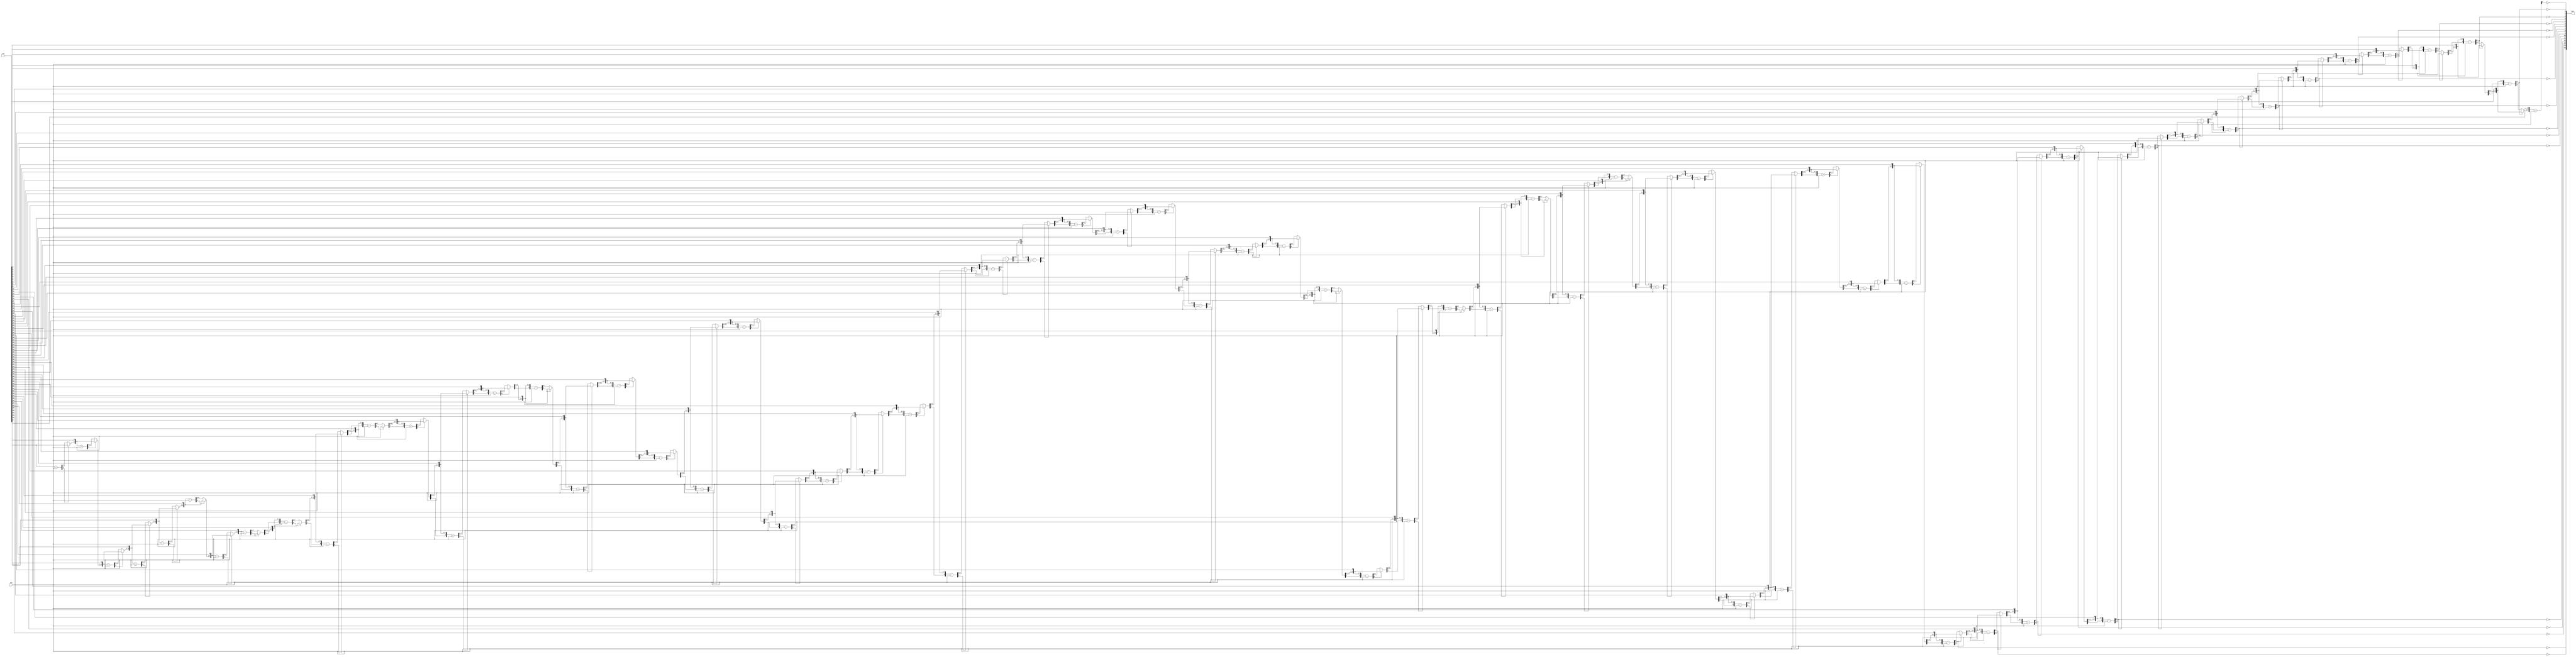
`timescale 1ps / 1ps
/*****************************************************************************
    Verilog RTL Description
    
    
    Created by: Stratus DpOpt 2019.1.01 
*******************************************************************************/

module st_weight_addr_gen_Div_64Ux8U_16U_4_7 (
	in2,
	in1,
	out1
	); /* architecture "behavioural" */ 
input [63:0] in2;
input [7:0] in1;
output [15:0] out1;
wire [15:0] asc001_0;
wire [8:0] in2_1;
wire [0:0] in2_2;
wire [8:0] in2_4;
wire [1:0] in2_5;
wire [8:0] in2_7;
wire [2:0] in2_8;
wire [8:0] in2_10;
wire [3:0] in2_11;
wire [8:0] in2_13;
wire [4:0] in2_14;
wire [8:0] in2_16;
wire [5:0] in2_17;
wire [8:0] in2_19;
wire [6:0] in2_20;
wire [8:0] in2_22;
wire [7:0] in2_23;
wire [8:0] in2_25,
	in2_26,
	in2_28;
wire [9:0] in2_29;
wire [8:0] in2_31;
wire [10:0] in2_32;
wire [8:0] in2_34;
wire [11:0] in2_35;
wire [8:0] in2_37;
wire [12:0] in2_38;
wire [8:0] in2_40;
wire [13:0] in2_41;
wire [8:0] in2_43;
wire [14:0] in2_44;
wire [8:0] in2_46;
wire [15:0] in2_47;
wire [8:0] in2_49;
wire [16:0] in2_50;
wire [8:0] in2_52;
wire [17:0] in2_53;
wire [8:0] in2_55;
wire [18:0] in2_56;
wire [8:0] in2_58;
wire [19:0] in2_59;
wire [8:0] in2_61;
wire [20:0] in2_62;
wire [8:0] in2_64;
wire [21:0] in2_65;
wire [8:0] in2_67;
wire [22:0] in2_68;
wire [8:0] in2_70;
wire [23:0] in2_71;
wire [8:0] in2_73;
wire [24:0] in2_74;
wire [8:0] in2_76;
wire [25:0] in2_77;
wire [8:0] in2_79;
wire [26:0] in2_80;
wire [8:0] in2_82;
wire [27:0] in2_83;
wire [8:0] in2_85;
wire [28:0] in2_86;
wire [8:0] in2_88;
wire [29:0] in2_89;
wire [8:0] in2_91;
wire [30:0] in2_92;
wire [8:0] in2_94;
wire [31:0] in2_95;
wire [8:0] in2_97;
wire [32:0] in2_98;
wire [8:0] in2_100;
wire [33:0] in2_101;
wire [8:0] in2_103;
wire [34:0] in2_104;
wire [8:0] in2_106;
wire [35:0] in2_107;
wire [8:0] in2_109;
wire [36:0] in2_110;
wire [8:0] in2_112;
wire [37:0] in2_113;
wire [8:0] in2_115;
wire [38:0] in2_116;
wire [8:0] in2_118;
wire [39:0] in2_119;
wire [8:0] in2_121;
wire [40:0] in2_122;
wire [8:0] in2_124;
wire [41:0] in2_125;
wire [8:0] in2_127;
wire [42:0] in2_128;
wire [8:0] in2_130;
wire [43:0] in2_131;
wire [8:0] in2_133;
wire [44:0] in2_134;
wire [8:0] in2_136;
wire [45:0] in2_137;
wire [8:0] in2_139;
wire [46:0] in2_140;
wire [8:0] in2_142;
wire [47:0] in2_143;
wire [8:0] in2_145;
wire [48:0] in2_146;
wire [8:0] in2_148;
wire [49:0] in2_149;
wire [8:0] in2_151;
wire [50:0] in2_152;
wire [8:0] in2_154;
wire [51:0] in2_155;
wire [8:0] in2_157;
wire [52:0] in2_158;
wire [8:0] in2_160;
wire [53:0] in2_161;
wire [8:0] in2_163;
wire [54:0] in2_164;
wire [8:0] in2_166;
wire [55:0] in2_167;
wire [8:0] in2_169;
wire [56:0] in2_170;
wire [8:0] in2_172;
wire [57:0] in2_173;
wire [8:0] in2_175;
wire [58:0] in2_176;
wire [8:0] in2_178;
wire [59:0] in2_179;
wire [8:0] in2_181;
wire [60:0] in2_182;
wire [8:0] in2_184;
wire [61:0] in2_185;
wire [8:0] in2_187;
wire [62:0] in2_188;
wire [63:0] in2_189;
wire [8:0] in2_190;
wire [1:0] in2_3_0,
	in2_3_1;
wire [2:0] in2_6_0,
	in2_6_1;
wire [3:0] in2_9_0,
	in2_9_1;
wire [4:0] in2_12_0,
	in2_12_1;
wire [5:0] in2_15_0,
	in2_15_1;
wire [6:0] in2_18_0,
	in2_18_1;
wire [7:0] in2_21_0,
	in2_21_1;
wire [8:0] in2_24_0,
	in2_24_1;
wire [9:0] in2_27_0,
	in2_27_1;
wire [10:0] in2_30_0,
	in2_30_1;
wire [11:0] in2_33_0,
	in2_33_1;
wire [12:0] in2_36_0,
	in2_36_1;
wire [13:0] in2_39_0,
	in2_39_1;
wire [14:0] in2_42_0,
	in2_42_1;
wire [15:0] in2_45_0,
	in2_45_1;
wire [16:0] in2_48_0,
	in2_48_1;
wire [17:0] in2_51_0,
	in2_51_1;
wire [18:0] in2_54_0,
	in2_54_1;
wire [19:0] in2_57_0,
	in2_57_1;
wire [20:0] in2_60_0,
	in2_60_1;
wire [21:0] in2_63_0,
	in2_63_1;
wire [22:0] in2_66_0,
	in2_66_1;
wire [23:0] in2_69_0,
	in2_69_1;
wire [24:0] in2_72_0,
	in2_72_1;
wire [25:0] in2_75_0,
	in2_75_1;
wire [26:0] in2_78_0,
	in2_78_1;
wire [27:0] in2_81_0,
	in2_81_1;
wire [28:0] in2_84_0,
	in2_84_1;
wire [29:0] in2_87_0,
	in2_87_1;
wire [30:0] in2_90_0,
	in2_90_1;
wire [31:0] in2_93_0,
	in2_93_1;
wire [32:0] in2_96_0,
	in2_96_1;
wire [33:0] in2_99_0,
	in2_99_1;
wire [34:0] in2_102_0,
	in2_102_1;
wire [35:0] in2_105_0,
	in2_105_1;
wire [36:0] in2_108_0,
	in2_108_1;
wire [37:0] in2_111_0,
	in2_111_1;
wire [38:0] in2_114_0,
	in2_114_1;
wire [39:0] in2_117_0,
	in2_117_1;
wire [40:0] in2_120_0,
	in2_120_1;
wire [41:0] in2_123_0,
	in2_123_1;
wire [42:0] in2_126_0,
	in2_126_1;
wire [43:0] in2_129_0,
	in2_129_1;
wire [44:0] in2_132_0,
	in2_132_1;
wire [45:0] in2_135_0,
	in2_135_1;
wire [46:0] in2_138_0,
	in2_138_1;
wire [47:0] in2_141_0,
	in2_141_1;
wire [48:0] in2_144_0,
	in2_144_1;
wire [49:0] in2_147_0,
	in2_147_1;
wire [50:0] in2_150_0,
	in2_150_1;
wire [51:0] in2_153_0,
	in2_153_1;
wire [52:0] in2_156_0,
	in2_156_1;
wire [53:0] in2_159_0,
	in2_159_1;
wire [54:0] in2_162_0,
	in2_162_1;
wire [55:0] in2_165_0,
	in2_165_1;
wire [56:0] in2_168_0,
	in2_168_1;
wire [57:0] in2_171_0,
	in2_171_1;
wire [58:0] in2_174_0,
	in2_174_1;
wire [59:0] in2_177_0,
	in2_177_1;
wire [60:0] in2_180_0,
	in2_180_1;
wire [61:0] in2_183_0,
	in2_183_1;
wire [62:0] in2_186_0,
	in2_186_1;

wire [8:0] in2_1_tmp_0;
assign in2_1_tmp_0 = 
	+(in2[63]);
assign in2_1 = in2_1_tmp_0
	-(in1);

reg [0:0] in2_2_tmp_1;
assign in2_2 = in2_2_tmp_1;
always @ (in2_1[8] or in2_1[0] or in2[63]) begin
	case (in2_1[8])
		1'B0 : in2_2_tmp_1 = in2_1[0] ;
		default : in2_2_tmp_1 = in2[63] ;
	endcase
end

assign in2_3_0 = {in2_2,in2[62]};

assign in2_3_1 = {in2_2,in2[62]};

wire [8:0] in2_4_tmp_2;
assign in2_4_tmp_2 = 
	+(in2_3_1);
assign in2_4 = in2_4_tmp_2
	-(in1);

reg [1:0] in2_5_tmp_3;
assign in2_5 = in2_5_tmp_3;
always @ (in2_4[8] or in2_4[1:0] or in2_3_0) begin
	case (in2_4[8])
		1'B0 : in2_5_tmp_3 = in2_4[1:0] ;
		default : in2_5_tmp_3 = in2_3_0 ;
	endcase
end

assign in2_6_0 = {in2_5,in2[61]};

assign in2_6_1 = {in2_5,in2[61]};

wire [8:0] in2_7_tmp_4;
assign in2_7_tmp_4 = 
	+(in2_6_1);
assign in2_7 = in2_7_tmp_4
	-(in1);

reg [2:0] in2_8_tmp_5;
assign in2_8 = in2_8_tmp_5;
always @ (in2_7[8] or in2_7[2:0] or in2_6_0) begin
	case (in2_7[8])
		1'B0 : in2_8_tmp_5 = in2_7[2:0] ;
		default : in2_8_tmp_5 = in2_6_0 ;
	endcase
end

assign in2_9_0 = {in2_8,in2[60]};

assign in2_9_1 = {in2_8,in2[60]};

wire [8:0] in2_10_tmp_6;
assign in2_10_tmp_6 = 
	+(in2_9_1);
assign in2_10 = in2_10_tmp_6
	-(in1);

reg [3:0] in2_11_tmp_7;
assign in2_11 = in2_11_tmp_7;
always @ (in2_10[8] or in2_10[3:0] or in2_9_0) begin
	case (in2_10[8])
		1'B0 : in2_11_tmp_7 = in2_10[3:0] ;
		default : in2_11_tmp_7 = in2_9_0 ;
	endcase
end

assign in2_12_0 = {in2_11,in2[59]};

assign in2_12_1 = {in2_11,in2[59]};

wire [8:0] in2_13_tmp_8;
assign in2_13_tmp_8 = 
	+(in2_12_1);
assign in2_13 = in2_13_tmp_8
	-(in1);

reg [4:0] in2_14_tmp_9;
assign in2_14 = in2_14_tmp_9;
always @ (in2_13[8] or in2_13[4:0] or in2_12_0) begin
	case (in2_13[8])
		1'B0 : in2_14_tmp_9 = in2_13[4:0] ;
		default : in2_14_tmp_9 = in2_12_0 ;
	endcase
end

assign in2_15_0 = {in2_14,in2[58]};

assign in2_15_1 = {in2_14,in2[58]};

wire [8:0] in2_16_tmp_10;
assign in2_16_tmp_10 = 
	+(in2_15_1);
assign in2_16 = in2_16_tmp_10
	-(in1);

reg [5:0] in2_17_tmp_11;
assign in2_17 = in2_17_tmp_11;
always @ (in2_16[8] or in2_16[5:0] or in2_15_0) begin
	case (in2_16[8])
		1'B0 : in2_17_tmp_11 = in2_16[5:0] ;
		default : in2_17_tmp_11 = in2_15_0 ;
	endcase
end

assign in2_18_0 = {in2_17,in2[57]};

assign in2_18_1 = {in2_17,in2[57]};

wire [8:0] in2_19_tmp_12;
assign in2_19_tmp_12 = 
	+(in2_18_1);
assign in2_19 = in2_19_tmp_12
	-(in1);

reg [6:0] in2_20_tmp_13;
assign in2_20 = in2_20_tmp_13;
always @ (in2_19[8] or in2_19[6:0] or in2_18_0) begin
	case (in2_19[8])
		1'B0 : in2_20_tmp_13 = in2_19[6:0] ;
		default : in2_20_tmp_13 = in2_18_0 ;
	endcase
end

assign in2_21_0 = {in2_20,in2[56]};

assign in2_21_1 = {in2_20,in2[56]};

wire [8:0] in2_22_tmp_14;
assign in2_22_tmp_14 = 
	+(in2_21_1);
assign in2_22 = in2_22_tmp_14
	-(in1);

reg [7:0] in2_23_tmp_15;
assign in2_23 = in2_23_tmp_15;
always @ (in2_22[8] or in2_22[7:0] or in2_21_0) begin
	case (in2_22[8])
		1'B0 : in2_23_tmp_15 = in2_22[7:0] ;
		default : in2_23_tmp_15 = in2_21_0 ;
	endcase
end

assign in2_24_0 = {in2_23,in2[55]};

assign in2_24_1 = {in2_23,in2[55]};

wire [8:0] in2_25_tmp_16;
assign in2_25_tmp_16 = 
	+(in2_24_1);
assign in2_25 = in2_25_tmp_16
	-(in1);

reg [8:0] in2_26_tmp_17;
assign in2_26 = in2_26_tmp_17;
always @ (in2_25[8] or in2_25 or in2_24_0) begin
	case (in2_25[8])
		1'B0 : in2_26_tmp_17 = in2_25 ;
		default : in2_26_tmp_17 = in2_24_0 ;
	endcase
end

assign in2_27_0 = {in2_26,in2[54]};

assign in2_27_1 = {in2_26,in2[54]};

wire [8:0] in2_28_tmp_18;
assign in2_28_tmp_18 = 
	+(in2_27_1[8:0]);
assign in2_28 = in2_28_tmp_18
	-(in1);

reg [9:0] in2_29_tmp_19;
assign in2_29 = in2_29_tmp_19;
always @ (in2_28[8] or in2_28 or in2_27_0) begin
	case (in2_28[8])
		1'B0 : in2_29_tmp_19 = in2_28 ;
		default : in2_29_tmp_19 = in2_27_0 ;
	endcase
end

assign in2_30_0 = {in2_29,in2[53]};

assign in2_30_1 = {in2_29,in2[53]};

wire [8:0] in2_31_tmp_20;
assign in2_31_tmp_20 = 
	+(in2_30_1[8:0]);
assign in2_31 = in2_31_tmp_20
	-(in1);

reg [10:0] in2_32_tmp_21;
assign in2_32 = in2_32_tmp_21;
always @ (in2_31[8] or in2_31 or in2_30_0) begin
	case (in2_31[8])
		1'B0 : in2_32_tmp_21 = in2_31 ;
		default : in2_32_tmp_21 = in2_30_0 ;
	endcase
end

assign in2_33_0 = {in2_32,in2[52]};

assign in2_33_1 = {in2_32,in2[52]};

wire [8:0] in2_34_tmp_22;
assign in2_34_tmp_22 = 
	+(in2_33_1[8:0]);
assign in2_34 = in2_34_tmp_22
	-(in1);

reg [11:0] in2_35_tmp_23;
assign in2_35 = in2_35_tmp_23;
always @ (in2_34[8] or in2_34 or in2_33_0) begin
	case (in2_34[8])
		1'B0 : in2_35_tmp_23 = in2_34 ;
		default : in2_35_tmp_23 = in2_33_0 ;
	endcase
end

assign in2_36_0 = {in2_35,in2[51]};

assign in2_36_1 = {in2_35,in2[51]};

wire [8:0] in2_37_tmp_24;
assign in2_37_tmp_24 = 
	+(in2_36_1[8:0]);
assign in2_37 = in2_37_tmp_24
	-(in1);

reg [12:0] in2_38_tmp_25;
assign in2_38 = in2_38_tmp_25;
always @ (in2_37[8] or in2_37 or in2_36_0) begin
	case (in2_37[8])
		1'B0 : in2_38_tmp_25 = in2_37 ;
		default : in2_38_tmp_25 = in2_36_0 ;
	endcase
end

assign in2_39_0 = {in2_38,in2[50]};

assign in2_39_1 = {in2_38,in2[50]};

wire [8:0] in2_40_tmp_26;
assign in2_40_tmp_26 = 
	+(in2_39_1[8:0]);
assign in2_40 = in2_40_tmp_26
	-(in1);

reg [13:0] in2_41_tmp_27;
assign in2_41 = in2_41_tmp_27;
always @ (in2_40[8] or in2_40 or in2_39_0) begin
	case (in2_40[8])
		1'B0 : in2_41_tmp_27 = in2_40 ;
		default : in2_41_tmp_27 = in2_39_0 ;
	endcase
end

assign in2_42_0 = {in2_41,in2[49]};

assign in2_42_1 = {in2_41,in2[49]};

wire [8:0] in2_43_tmp_28;
assign in2_43_tmp_28 = 
	+(in2_42_1[8:0]);
assign in2_43 = in2_43_tmp_28
	-(in1);

reg [14:0] in2_44_tmp_29;
assign in2_44 = in2_44_tmp_29;
always @ (in2_43[8] or in2_43 or in2_42_0) begin
	case (in2_43[8])
		1'B0 : in2_44_tmp_29 = in2_43 ;
		default : in2_44_tmp_29 = in2_42_0 ;
	endcase
end

assign in2_45_0 = {in2_44,in2[48]};

assign in2_45_1 = {in2_44,in2[48]};

wire [8:0] in2_46_tmp_30;
assign in2_46_tmp_30 = 
	+(in2_45_1[8:0]);
assign in2_46 = in2_46_tmp_30
	-(in1);

reg [15:0] in2_47_tmp_31;
assign in2_47 = in2_47_tmp_31;
always @ (in2_46[8] or in2_46 or in2_45_0) begin
	case (in2_46[8])
		1'B0 : in2_47_tmp_31 = in2_46 ;
		default : in2_47_tmp_31 = in2_45_0 ;
	endcase
end

assign in2_48_0 = {in2_47,in2[47]};

assign in2_48_1 = {in2_47,in2[47]};

wire [8:0] in2_49_tmp_32;
assign in2_49_tmp_32 = 
	+(in2_48_1[8:0]);
assign in2_49 = in2_49_tmp_32
	-(in1);

reg [16:0] in2_50_tmp_33;
assign in2_50 = in2_50_tmp_33;
always @ (in2_49[8] or in2_49 or in2_48_0) begin
	case (in2_49[8])
		1'B0 : in2_50_tmp_33 = in2_49 ;
		default : in2_50_tmp_33 = in2_48_0 ;
	endcase
end

assign in2_51_0 = {in2_50,in2[46]};

assign in2_51_1 = {in2_50,in2[46]};

wire [8:0] in2_52_tmp_34;
assign in2_52_tmp_34 = 
	+(in2_51_1[8:0]);
assign in2_52 = in2_52_tmp_34
	-(in1);

reg [17:0] in2_53_tmp_35;
assign in2_53 = in2_53_tmp_35;
always @ (in2_52[8] or in2_52 or in2_51_0) begin
	case (in2_52[8])
		1'B0 : in2_53_tmp_35 = in2_52 ;
		default : in2_53_tmp_35 = in2_51_0 ;
	endcase
end

assign in2_54_0 = {in2_53,in2[45]};

assign in2_54_1 = {in2_53,in2[45]};

wire [8:0] in2_55_tmp_36;
assign in2_55_tmp_36 = 
	+(in2_54_1[8:0]);
assign in2_55 = in2_55_tmp_36
	-(in1);

reg [18:0] in2_56_tmp_37;
assign in2_56 = in2_56_tmp_37;
always @ (in2_55[8] or in2_55 or in2_54_0) begin
	case (in2_55[8])
		1'B0 : in2_56_tmp_37 = in2_55 ;
		default : in2_56_tmp_37 = in2_54_0 ;
	endcase
end

assign in2_57_0 = {in2_56,in2[44]};

assign in2_57_1 = {in2_56,in2[44]};

wire [8:0] in2_58_tmp_38;
assign in2_58_tmp_38 = 
	+(in2_57_1[8:0]);
assign in2_58 = in2_58_tmp_38
	-(in1);

reg [19:0] in2_59_tmp_39;
assign in2_59 = in2_59_tmp_39;
always @ (in2_58[8] or in2_58 or in2_57_0) begin
	case (in2_58[8])
		1'B0 : in2_59_tmp_39 = in2_58 ;
		default : in2_59_tmp_39 = in2_57_0 ;
	endcase
end

assign in2_60_0 = {in2_59,in2[43]};

assign in2_60_1 = {in2_59,in2[43]};

wire [8:0] in2_61_tmp_40;
assign in2_61_tmp_40 = 
	+(in2_60_1[8:0]);
assign in2_61 = in2_61_tmp_40
	-(in1);

reg [20:0] in2_62_tmp_41;
assign in2_62 = in2_62_tmp_41;
always @ (in2_61[8] or in2_61 or in2_60_0) begin
	case (in2_61[8])
		1'B0 : in2_62_tmp_41 = in2_61 ;
		default : in2_62_tmp_41 = in2_60_0 ;
	endcase
end

assign in2_63_0 = {in2_62,in2[42]};

assign in2_63_1 = {in2_62,in2[42]};

wire [8:0] in2_64_tmp_42;
assign in2_64_tmp_42 = 
	+(in2_63_1[8:0]);
assign in2_64 = in2_64_tmp_42
	-(in1);

reg [21:0] in2_65_tmp_43;
assign in2_65 = in2_65_tmp_43;
always @ (in2_64[8] or in2_64 or in2_63_0) begin
	case (in2_64[8])
		1'B0 : in2_65_tmp_43 = in2_64 ;
		default : in2_65_tmp_43 = in2_63_0 ;
	endcase
end

assign in2_66_0 = {in2_65,in2[41]};

assign in2_66_1 = {in2_65,in2[41]};

wire [8:0] in2_67_tmp_44;
assign in2_67_tmp_44 = 
	+(in2_66_1[8:0]);
assign in2_67 = in2_67_tmp_44
	-(in1);

reg [22:0] in2_68_tmp_45;
assign in2_68 = in2_68_tmp_45;
always @ (in2_67[8] or in2_67 or in2_66_0) begin
	case (in2_67[8])
		1'B0 : in2_68_tmp_45 = in2_67 ;
		default : in2_68_tmp_45 = in2_66_0 ;
	endcase
end

assign in2_69_0 = {in2_68,in2[40]};

assign in2_69_1 = {in2_68,in2[40]};

wire [8:0] in2_70_tmp_46;
assign in2_70_tmp_46 = 
	+(in2_69_1[8:0]);
assign in2_70 = in2_70_tmp_46
	-(in1);

reg [23:0] in2_71_tmp_47;
assign in2_71 = in2_71_tmp_47;
always @ (in2_70[8] or in2_70 or in2_69_0) begin
	case (in2_70[8])
		1'B0 : in2_71_tmp_47 = in2_70 ;
		default : in2_71_tmp_47 = in2_69_0 ;
	endcase
end

assign in2_72_0 = {in2_71,in2[39]};

assign in2_72_1 = {in2_71,in2[39]};

wire [8:0] in2_73_tmp_48;
assign in2_73_tmp_48 = 
	+(in2_72_1[8:0]);
assign in2_73 = in2_73_tmp_48
	-(in1);

reg [24:0] in2_74_tmp_49;
assign in2_74 = in2_74_tmp_49;
always @ (in2_73[8] or in2_73 or in2_72_0) begin
	case (in2_73[8])
		1'B0 : in2_74_tmp_49 = in2_73 ;
		default : in2_74_tmp_49 = in2_72_0 ;
	endcase
end

assign in2_75_0 = {in2_74,in2[38]};

assign in2_75_1 = {in2_74,in2[38]};

wire [8:0] in2_76_tmp_50;
assign in2_76_tmp_50 = 
	+(in2_75_1[8:0]);
assign in2_76 = in2_76_tmp_50
	-(in1);

reg [25:0] in2_77_tmp_51;
assign in2_77 = in2_77_tmp_51;
always @ (in2_76[8] or in2_76 or in2_75_0) begin
	case (in2_76[8])
		1'B0 : in2_77_tmp_51 = in2_76 ;
		default : in2_77_tmp_51 = in2_75_0 ;
	endcase
end

assign in2_78_0 = {in2_77,in2[37]};

assign in2_78_1 = {in2_77,in2[37]};

wire [8:0] in2_79_tmp_52;
assign in2_79_tmp_52 = 
	+(in2_78_1[8:0]);
assign in2_79 = in2_79_tmp_52
	-(in1);

reg [26:0] in2_80_tmp_53;
assign in2_80 = in2_80_tmp_53;
always @ (in2_79[8] or in2_79 or in2_78_0) begin
	case (in2_79[8])
		1'B0 : in2_80_tmp_53 = in2_79 ;
		default : in2_80_tmp_53 = in2_78_0 ;
	endcase
end

assign in2_81_0 = {in2_80,in2[36]};

assign in2_81_1 = {in2_80,in2[36]};

wire [8:0] in2_82_tmp_54;
assign in2_82_tmp_54 = 
	+(in2_81_1[8:0]);
assign in2_82 = in2_82_tmp_54
	-(in1);

reg [27:0] in2_83_tmp_55;
assign in2_83 = in2_83_tmp_55;
always @ (in2_82[8] or in2_82 or in2_81_0) begin
	case (in2_82[8])
		1'B0 : in2_83_tmp_55 = in2_82 ;
		default : in2_83_tmp_55 = in2_81_0 ;
	endcase
end

assign in2_84_0 = {in2_83,in2[35]};

assign in2_84_1 = {in2_83,in2[35]};

wire [8:0] in2_85_tmp_56;
assign in2_85_tmp_56 = 
	+(in2_84_1[8:0]);
assign in2_85 = in2_85_tmp_56
	-(in1);

reg [28:0] in2_86_tmp_57;
assign in2_86 = in2_86_tmp_57;
always @ (in2_85[8] or in2_85 or in2_84_0) begin
	case (in2_85[8])
		1'B0 : in2_86_tmp_57 = in2_85 ;
		default : in2_86_tmp_57 = in2_84_0 ;
	endcase
end

assign in2_87_0 = {in2_86,in2[34]};

assign in2_87_1 = {in2_86,in2[34]};

wire [8:0] in2_88_tmp_58;
assign in2_88_tmp_58 = 
	+(in2_87_1[8:0]);
assign in2_88 = in2_88_tmp_58
	-(in1);

reg [29:0] in2_89_tmp_59;
assign in2_89 = in2_89_tmp_59;
always @ (in2_88[8] or in2_88 or in2_87_0) begin
	case (in2_88[8])
		1'B0 : in2_89_tmp_59 = in2_88 ;
		default : in2_89_tmp_59 = in2_87_0 ;
	endcase
end

assign in2_90_0 = {in2_89,in2[33]};

assign in2_90_1 = {in2_89,in2[33]};

wire [8:0] in2_91_tmp_60;
assign in2_91_tmp_60 = 
	+(in2_90_1[8:0]);
assign in2_91 = in2_91_tmp_60
	-(in1);

reg [30:0] in2_92_tmp_61;
assign in2_92 = in2_92_tmp_61;
always @ (in2_91[8] or in2_91 or in2_90_0) begin
	case (in2_91[8])
		1'B0 : in2_92_tmp_61 = in2_91 ;
		default : in2_92_tmp_61 = in2_90_0 ;
	endcase
end

assign in2_93_0 = {in2_92,in2[32]};

assign in2_93_1 = {in2_92,in2[32]};

wire [8:0] in2_94_tmp_62;
assign in2_94_tmp_62 = 
	+(in2_93_1[8:0]);
assign in2_94 = in2_94_tmp_62
	-(in1);

reg [31:0] in2_95_tmp_63;
assign in2_95 = in2_95_tmp_63;
always @ (in2_94[8] or in2_94 or in2_93_0) begin
	case (in2_94[8])
		1'B0 : in2_95_tmp_63 = in2_94 ;
		default : in2_95_tmp_63 = in2_93_0 ;
	endcase
end

assign in2_96_0 = {in2_95,in2[31]};

assign in2_96_1 = {in2_95,in2[31]};

wire [8:0] in2_97_tmp_64;
assign in2_97_tmp_64 = 
	+(in2_96_1[8:0]);
assign in2_97 = in2_97_tmp_64
	-(in1);

reg [32:0] in2_98_tmp_65;
assign in2_98 = in2_98_tmp_65;
always @ (in2_97[8] or in2_97 or in2_96_0) begin
	case (in2_97[8])
		1'B0 : in2_98_tmp_65 = in2_97 ;
		default : in2_98_tmp_65 = in2_96_0 ;
	endcase
end

assign in2_99_0 = {in2_98,in2[30]};

assign in2_99_1 = {in2_98,in2[30]};

wire [8:0] in2_100_tmp_66;
assign in2_100_tmp_66 = 
	+(in2_99_1[8:0]);
assign in2_100 = in2_100_tmp_66
	-(in1);

reg [33:0] in2_101_tmp_67;
assign in2_101 = in2_101_tmp_67;
always @ (in2_100[8] or in2_100 or in2_99_0) begin
	case (in2_100[8])
		1'B0 : in2_101_tmp_67 = in2_100 ;
		default : in2_101_tmp_67 = in2_99_0 ;
	endcase
end

assign in2_102_0 = {in2_101,in2[29]};

assign in2_102_1 = {in2_101,in2[29]};

wire [8:0] in2_103_tmp_68;
assign in2_103_tmp_68 = 
	+(in2_102_1[8:0]);
assign in2_103 = in2_103_tmp_68
	-(in1);

reg [34:0] in2_104_tmp_69;
assign in2_104 = in2_104_tmp_69;
always @ (in2_103[8] or in2_103 or in2_102_0) begin
	case (in2_103[8])
		1'B0 : in2_104_tmp_69 = in2_103 ;
		default : in2_104_tmp_69 = in2_102_0 ;
	endcase
end

assign in2_105_0 = {in2_104,in2[28]};

assign in2_105_1 = {in2_104,in2[28]};

wire [8:0] in2_106_tmp_70;
assign in2_106_tmp_70 = 
	+(in2_105_1[8:0]);
assign in2_106 = in2_106_tmp_70
	-(in1);

reg [35:0] in2_107_tmp_71;
assign in2_107 = in2_107_tmp_71;
always @ (in2_106[8] or in2_106 or in2_105_0) begin
	case (in2_106[8])
		1'B0 : in2_107_tmp_71 = in2_106 ;
		default : in2_107_tmp_71 = in2_105_0 ;
	endcase
end

assign in2_108_0 = {in2_107,in2[27]};

assign in2_108_1 = {in2_107,in2[27]};

wire [8:0] in2_109_tmp_72;
assign in2_109_tmp_72 = 
	+(in2_108_1[8:0]);
assign in2_109 = in2_109_tmp_72
	-(in1);

reg [36:0] in2_110_tmp_73;
assign in2_110 = in2_110_tmp_73;
always @ (in2_109[8] or in2_109 or in2_108_0) begin
	case (in2_109[8])
		1'B0 : in2_110_tmp_73 = in2_109 ;
		default : in2_110_tmp_73 = in2_108_0 ;
	endcase
end

assign in2_111_0 = {in2_110,in2[26]};

assign in2_111_1 = {in2_110,in2[26]};

wire [8:0] in2_112_tmp_74;
assign in2_112_tmp_74 = 
	+(in2_111_1[8:0]);
assign in2_112 = in2_112_tmp_74
	-(in1);

reg [37:0] in2_113_tmp_75;
assign in2_113 = in2_113_tmp_75;
always @ (in2_112[8] or in2_112 or in2_111_0) begin
	case (in2_112[8])
		1'B0 : in2_113_tmp_75 = in2_112 ;
		default : in2_113_tmp_75 = in2_111_0 ;
	endcase
end

assign in2_114_0 = {in2_113,in2[25]};

assign in2_114_1 = {in2_113,in2[25]};

wire [8:0] in2_115_tmp_76;
assign in2_115_tmp_76 = 
	+(in2_114_1[8:0]);
assign in2_115 = in2_115_tmp_76
	-(in1);

reg [38:0] in2_116_tmp_77;
assign in2_116 = in2_116_tmp_77;
always @ (in2_115[8] or in2_115 or in2_114_0) begin
	case (in2_115[8])
		1'B0 : in2_116_tmp_77 = in2_115 ;
		default : in2_116_tmp_77 = in2_114_0 ;
	endcase
end

assign in2_117_0 = {in2_116,in2[24]};

assign in2_117_1 = {in2_116,in2[24]};

wire [8:0] in2_118_tmp_78;
assign in2_118_tmp_78 = 
	+(in2_117_1[8:0]);
assign in2_118 = in2_118_tmp_78
	-(in1);

reg [39:0] in2_119_tmp_79;
assign in2_119 = in2_119_tmp_79;
always @ (in2_118[8] or in2_118 or in2_117_0) begin
	case (in2_118[8])
		1'B0 : in2_119_tmp_79 = in2_118 ;
		default : in2_119_tmp_79 = in2_117_0 ;
	endcase
end

assign in2_120_0 = {in2_119,in2[23]};

assign in2_120_1 = {in2_119,in2[23]};

wire [8:0] in2_121_tmp_80;
assign in2_121_tmp_80 = 
	+(in2_120_1[8:0]);
assign in2_121 = in2_121_tmp_80
	-(in1);

reg [40:0] in2_122_tmp_81;
assign in2_122 = in2_122_tmp_81;
always @ (in2_121[8] or in2_121 or in2_120_0) begin
	case (in2_121[8])
		1'B0 : in2_122_tmp_81 = in2_121 ;
		default : in2_122_tmp_81 = in2_120_0 ;
	endcase
end

assign in2_123_0 = {in2_122,in2[22]};

assign in2_123_1 = {in2_122,in2[22]};

wire [8:0] in2_124_tmp_82;
assign in2_124_tmp_82 = 
	+(in2_123_1[8:0]);
assign in2_124 = in2_124_tmp_82
	-(in1);

reg [41:0] in2_125_tmp_83;
assign in2_125 = in2_125_tmp_83;
always @ (in2_124[8] or in2_124 or in2_123_0) begin
	case (in2_124[8])
		1'B0 : in2_125_tmp_83 = in2_124 ;
		default : in2_125_tmp_83 = in2_123_0 ;
	endcase
end

assign in2_126_0 = {in2_125,in2[21]};

assign in2_126_1 = {in2_125,in2[21]};

wire [8:0] in2_127_tmp_84;
assign in2_127_tmp_84 = 
	+(in2_126_1[8:0]);
assign in2_127 = in2_127_tmp_84
	-(in1);

reg [42:0] in2_128_tmp_85;
assign in2_128 = in2_128_tmp_85;
always @ (in2_127[8] or in2_127 or in2_126_0) begin
	case (in2_127[8])
		1'B0 : in2_128_tmp_85 = in2_127 ;
		default : in2_128_tmp_85 = in2_126_0 ;
	endcase
end

assign in2_129_0 = {in2_128,in2[20]};

assign in2_129_1 = {in2_128,in2[20]};

wire [8:0] in2_130_tmp_86;
assign in2_130_tmp_86 = 
	+(in2_129_1[8:0]);
assign in2_130 = in2_130_tmp_86
	-(in1);

reg [43:0] in2_131_tmp_87;
assign in2_131 = in2_131_tmp_87;
always @ (in2_130[8] or in2_130 or in2_129_0) begin
	case (in2_130[8])
		1'B0 : in2_131_tmp_87 = in2_130 ;
		default : in2_131_tmp_87 = in2_129_0 ;
	endcase
end

assign in2_132_0 = {in2_131,in2[19]};

assign in2_132_1 = {in2_131,in2[19]};

wire [8:0] in2_133_tmp_88;
assign in2_133_tmp_88 = 
	+(in2_132_1[8:0]);
assign in2_133 = in2_133_tmp_88
	-(in1);

reg [44:0] in2_134_tmp_89;
assign in2_134 = in2_134_tmp_89;
always @ (in2_133[8] or in2_133 or in2_132_0) begin
	case (in2_133[8])
		1'B0 : in2_134_tmp_89 = in2_133 ;
		default : in2_134_tmp_89 = in2_132_0 ;
	endcase
end

assign in2_135_0 = {in2_134,in2[18]};

assign in2_135_1 = {in2_134,in2[18]};

wire [8:0] in2_136_tmp_90;
assign in2_136_tmp_90 = 
	+(in2_135_1[8:0]);
assign in2_136 = in2_136_tmp_90
	-(in1);

reg [45:0] in2_137_tmp_91;
assign in2_137 = in2_137_tmp_91;
always @ (in2_136[8] or in2_136 or in2_135_0) begin
	case (in2_136[8])
		1'B0 : in2_137_tmp_91 = in2_136 ;
		default : in2_137_tmp_91 = in2_135_0 ;
	endcase
end

assign in2_138_0 = {in2_137,in2[17]};

assign in2_138_1 = {in2_137,in2[17]};

wire [8:0] in2_139_tmp_92;
assign in2_139_tmp_92 = 
	+(in2_138_1[8:0]);
assign in2_139 = in2_139_tmp_92
	-(in1);

reg [46:0] in2_140_tmp_93;
assign in2_140 = in2_140_tmp_93;
always @ (in2_139[8] or in2_139 or in2_138_0) begin
	case (in2_139[8])
		1'B0 : in2_140_tmp_93 = in2_139 ;
		default : in2_140_tmp_93 = in2_138_0 ;
	endcase
end

assign in2_141_0 = {in2_140,in2[16]};

assign in2_141_1 = {in2_140,in2[16]};

wire [8:0] in2_142_tmp_94;
assign in2_142_tmp_94 = 
	+(in2_141_1[8:0]);
assign in2_142 = in2_142_tmp_94
	-(in1);

reg [47:0] in2_143_tmp_95;
assign in2_143 = in2_143_tmp_95;
always @ (in2_142[8] or in2_142 or in2_141_0) begin
	case (in2_142[8])
		1'B0 : in2_143_tmp_95 = in2_142 ;
		default : in2_143_tmp_95 = in2_141_0 ;
	endcase
end

assign in2_144_0 = {in2_143,in2[15]};

assign in2_144_1 = {in2_143,in2[15]};

wire [8:0] in2_145_tmp_96;
assign in2_145_tmp_96 = 
	+(in2_144_1[8:0]);
assign in2_145 = in2_145_tmp_96
	-(in1);

assign asc001_0[15] = ~in2_145[8];

reg [48:0] in2_146_tmp_97;
assign in2_146 = in2_146_tmp_97;
always @ (in2_145[8] or in2_145 or in2_144_0) begin
	case (in2_145[8])
		1'B0 : in2_146_tmp_97 = in2_145 ;
		default : in2_146_tmp_97 = in2_144_0 ;
	endcase
end

assign in2_147_0 = {in2_146,in2[14]};

assign in2_147_1 = {in2_146,in2[14]};

wire [8:0] in2_148_tmp_98;
assign in2_148_tmp_98 = 
	+(in2_147_1[8:0]);
assign in2_148 = in2_148_tmp_98
	-(in1);

assign asc001_0[14] = ~in2_148[8];

reg [49:0] in2_149_tmp_99;
assign in2_149 = in2_149_tmp_99;
always @ (in2_148[8] or in2_148 or in2_147_0) begin
	case (in2_148[8])
		1'B0 : in2_149_tmp_99 = in2_148 ;
		default : in2_149_tmp_99 = in2_147_0 ;
	endcase
end

assign in2_150_0 = {in2_149,in2[13]};

assign in2_150_1 = {in2_149,in2[13]};

wire [8:0] in2_151_tmp_100;
assign in2_151_tmp_100 = 
	+(in2_150_1[8:0]);
assign in2_151 = in2_151_tmp_100
	-(in1);

assign asc001_0[13] = ~in2_151[8];

reg [50:0] in2_152_tmp_101;
assign in2_152 = in2_152_tmp_101;
always @ (in2_151[8] or in2_151 or in2_150_0) begin
	case (in2_151[8])
		1'B0 : in2_152_tmp_101 = in2_151 ;
		default : in2_152_tmp_101 = in2_150_0 ;
	endcase
end

assign in2_153_0 = {in2_152,in2[12]};

assign in2_153_1 = {in2_152,in2[12]};

wire [8:0] in2_154_tmp_102;
assign in2_154_tmp_102 = 
	+(in2_153_1[8:0]);
assign in2_154 = in2_154_tmp_102
	-(in1);

assign asc001_0[12] = ~in2_154[8];

reg [51:0] in2_155_tmp_103;
assign in2_155 = in2_155_tmp_103;
always @ (in2_154[8] or in2_154 or in2_153_0) begin
	case (in2_154[8])
		1'B0 : in2_155_tmp_103 = in2_154 ;
		default : in2_155_tmp_103 = in2_153_0 ;
	endcase
end

assign in2_156_0 = {in2_155,in2[11]};

assign in2_156_1 = {in2_155,in2[11]};

wire [8:0] in2_157_tmp_104;
assign in2_157_tmp_104 = 
	+(in2_156_1[8:0]);
assign in2_157 = in2_157_tmp_104
	-(in1);

assign asc001_0[11] = ~in2_157[8];

reg [52:0] in2_158_tmp_105;
assign in2_158 = in2_158_tmp_105;
always @ (in2_157[8] or in2_157 or in2_156_0) begin
	case (in2_157[8])
		1'B0 : in2_158_tmp_105 = in2_157 ;
		default : in2_158_tmp_105 = in2_156_0 ;
	endcase
end

assign in2_159_0 = {in2_158,in2[10]};

assign in2_159_1 = {in2_158,in2[10]};

wire [8:0] in2_160_tmp_106;
assign in2_160_tmp_106 = 
	+(in2_159_1[8:0]);
assign in2_160 = in2_160_tmp_106
	-(in1);

assign asc001_0[10] = ~in2_160[8];

reg [53:0] in2_161_tmp_107;
assign in2_161 = in2_161_tmp_107;
always @ (in2_160[8] or in2_160 or in2_159_0) begin
	case (in2_160[8])
		1'B0 : in2_161_tmp_107 = in2_160 ;
		default : in2_161_tmp_107 = in2_159_0 ;
	endcase
end

assign in2_162_0 = {in2_161,in2[9]};

assign in2_162_1 = {in2_161,in2[9]};

wire [8:0] in2_163_tmp_108;
assign in2_163_tmp_108 = 
	+(in2_162_1[8:0]);
assign in2_163 = in2_163_tmp_108
	-(in1);

assign asc001_0[9] = ~in2_163[8];

reg [54:0] in2_164_tmp_109;
assign in2_164 = in2_164_tmp_109;
always @ (in2_163[8] or in2_163 or in2_162_0) begin
	case (in2_163[8])
		1'B0 : in2_164_tmp_109 = in2_163 ;
		default : in2_164_tmp_109 = in2_162_0 ;
	endcase
end

assign in2_165_0 = {in2_164,in2[8]};

assign in2_165_1 = {in2_164,in2[8]};

wire [8:0] in2_166_tmp_110;
assign in2_166_tmp_110 = 
	+(in2_165_1[8:0]);
assign in2_166 = in2_166_tmp_110
	-(in1);

assign asc001_0[8] = ~in2_166[8];

reg [55:0] in2_167_tmp_111;
assign in2_167 = in2_167_tmp_111;
always @ (in2_166[8] or in2_166 or in2_165_0) begin
	case (in2_166[8])
		1'B0 : in2_167_tmp_111 = in2_166 ;
		default : in2_167_tmp_111 = in2_165_0 ;
	endcase
end

assign in2_168_0 = {in2_167,in2[7]};

assign in2_168_1 = {in2_167,in2[7]};

wire [8:0] in2_169_tmp_112;
assign in2_169_tmp_112 = 
	+(in2_168_1[8:0]);
assign in2_169 = in2_169_tmp_112
	-(in1);

assign asc001_0[7] = ~in2_169[8];

reg [56:0] in2_170_tmp_113;
assign in2_170 = in2_170_tmp_113;
always @ (in2_169[8] or in2_169 or in2_168_0) begin
	case (in2_169[8])
		1'B0 : in2_170_tmp_113 = in2_169 ;
		default : in2_170_tmp_113 = in2_168_0 ;
	endcase
end

assign in2_171_0 = {in2_170,in2[6]};

assign in2_171_1 = {in2_170,in2[6]};

wire [8:0] in2_172_tmp_114;
assign in2_172_tmp_114 = 
	+(in2_171_1[8:0]);
assign in2_172 = in2_172_tmp_114
	-(in1);

assign asc001_0[6] = ~in2_172[8];

reg [57:0] in2_173_tmp_115;
assign in2_173 = in2_173_tmp_115;
always @ (in2_172[8] or in2_172 or in2_171_0) begin
	case (in2_172[8])
		1'B0 : in2_173_tmp_115 = in2_172 ;
		default : in2_173_tmp_115 = in2_171_0 ;
	endcase
end

assign in2_174_0 = {in2_173,in2[5]};

assign in2_174_1 = {in2_173,in2[5]};

wire [8:0] in2_175_tmp_116;
assign in2_175_tmp_116 = 
	+(in2_174_1[8:0]);
assign in2_175 = in2_175_tmp_116
	-(in1);

assign asc001_0[5] = ~in2_175[8];

reg [58:0] in2_176_tmp_117;
assign in2_176 = in2_176_tmp_117;
always @ (in2_175[8] or in2_175 or in2_174_0) begin
	case (in2_175[8])
		1'B0 : in2_176_tmp_117 = in2_175 ;
		default : in2_176_tmp_117 = in2_174_0 ;
	endcase
end

assign in2_177_0 = {in2_176,in2[4]};

assign in2_177_1 = {in2_176,in2[4]};

wire [8:0] in2_178_tmp_118;
assign in2_178_tmp_118 = 
	+(in2_177_1[8:0]);
assign in2_178 = in2_178_tmp_118
	-(in1);

assign asc001_0[4] = ~in2_178[8];

reg [59:0] in2_179_tmp_119;
assign in2_179 = in2_179_tmp_119;
always @ (in2_178[8] or in2_178 or in2_177_0) begin
	case (in2_178[8])
		1'B0 : in2_179_tmp_119 = in2_178 ;
		default : in2_179_tmp_119 = in2_177_0 ;
	endcase
end

assign in2_180_0 = {in2_179,in2[3]};

assign in2_180_1 = {in2_179,in2[3]};

wire [8:0] in2_181_tmp_120;
assign in2_181_tmp_120 = 
	+(in2_180_1[8:0]);
assign in2_181 = in2_181_tmp_120
	-(in1);

assign asc001_0[3] = ~in2_181[8];

reg [60:0] in2_182_tmp_121;
assign in2_182 = in2_182_tmp_121;
always @ (in2_181[8] or in2_181 or in2_180_0) begin
	case (in2_181[8])
		1'B0 : in2_182_tmp_121 = in2_181 ;
		default : in2_182_tmp_121 = in2_180_0 ;
	endcase
end

assign in2_183_0 = {in2_182,in2[2]};

assign in2_183_1 = {in2_182,in2[2]};

wire [8:0] in2_184_tmp_122;
assign in2_184_tmp_122 = 
	+(in2_183_1[8:0]);
assign in2_184 = in2_184_tmp_122
	-(in1);

assign asc001_0[2] = ~in2_184[8];

reg [61:0] in2_185_tmp_123;
assign in2_185 = in2_185_tmp_123;
always @ (in2_184[8] or in2_184 or in2_183_0) begin
	case (in2_184[8])
		1'B0 : in2_185_tmp_123 = in2_184 ;
		default : in2_185_tmp_123 = in2_183_0 ;
	endcase
end

assign in2_186_0 = {in2_185,in2[1]};

assign in2_186_1 = {in2_185,in2[1]};

wire [8:0] in2_187_tmp_124;
assign in2_187_tmp_124 = 
	+(in2_186_1[8:0]);
assign in2_187 = in2_187_tmp_124
	-(in1);

assign asc001_0[1] = ~in2_187[8];

reg [62:0] in2_188_tmp_125;
assign in2_188 = in2_188_tmp_125;
always @ (in2_187[8] or in2_187 or in2_186_0) begin
	case (in2_187[8])
		1'B0 : in2_188_tmp_125 = in2_187 ;
		default : in2_188_tmp_125 = in2_186_0 ;
	endcase
end

assign in2_189 = {in2_188,in2[0]};

wire [8:0] in2_190_tmp_126;
assign in2_190_tmp_126 = 
	+(in2_189[8:0]);
assign in2_190 = in2_190_tmp_126
	-(in1);

assign asc001_0[0] = ~in2_190[8];

assign out1 = asc001_0;
endmodule

/* CADENCE  uLL5QgDdrA== : u9/ySgnWtBlWxVPRXgAZ4Og= ** DO NOT EDIT THIS LINE **/